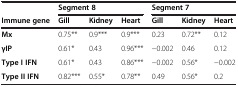
|  | <COLSPAN=3> Segment 8 | <COLSPAN=3> Segment 7 |
 | Immune gene | Gill | Kidney | Heart | Gill | Kidney | Heart |
 | --- | --- | --- | --- | --- | --- | --- |
 | Mx | 0.75** | 0.9*** | 0.9*** | 0.23 | 0.72** | 0.12 |
 | γIP | 0.61* | 0.43 | 0.96*** | −0.002 | 0.46 | 0.12 |
 | Type I IFN | 0.61* | 0.43 | 0.86*** | −0.002 | 0.56* | −0.002 |
 | Type II IFN | 0.82*** | 0.55* | 0.78** | 0.49 | 0.56* | 0.2 |